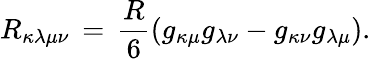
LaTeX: R_{\kappa\lambda\mu\nu}\, =\, \frac{R}{6}\left(g_{\kappa\mu}g_{\lambda\nu}-g_{\kappa\nu}g_{\lambda\mu}\right).